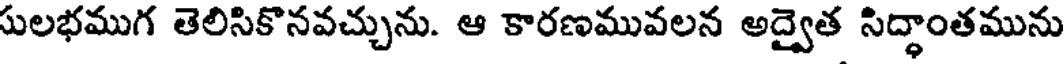
సులభముగ తెలిసికొనవచ్చును. ఆ కారణమువలన అద్వైత సిద్ధాంతమును